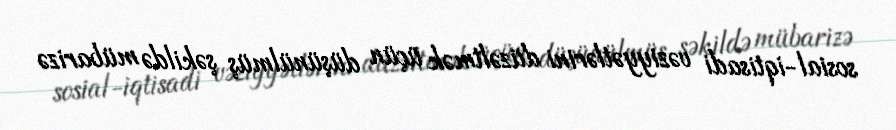
sosial-iqtisadi vəziyyətlərini düzəltmək üçün düşünülmüş şəkildə mübarizə